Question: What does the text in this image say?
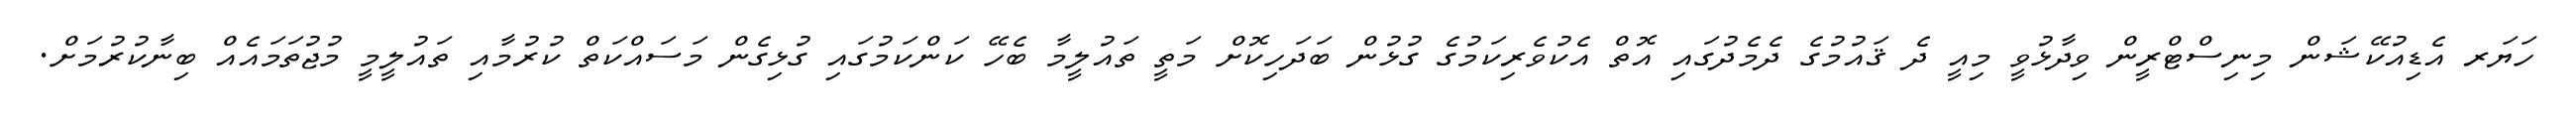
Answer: ހަޔަރ އެޑިއުކޭޝަން މިނިސްޓްރީން ވިދާޅުވީ މިއީ ދެ ޤައުމުގެ ދެމެދުގައި އޮތް އެކުވެރިކަމުގެ ގުޅުން ބަދަހިކޮށް މަތީ ތައުލީމާ ބެހޭ ކަންކަމުގައި ގުޅިގެން މަސައްކަތް ކުރުމާއި ތައުލީމީ މުޖުތަމައެއް ބިނާކުރުމަށް.